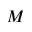
M